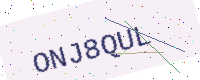
Text: ONJ8QUL